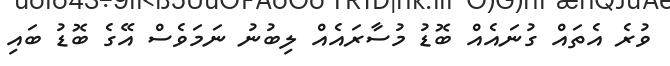
ވުރެ އެތައް ގުނައެއް ބޮޑު މުސާރައެއް ލިބުނު ނަމަވެސް އޭގެ ބޮޑު ބައި